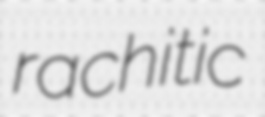
rachitic